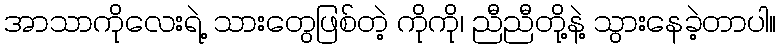
အာသာကိုလေးရဲ့ သားတွေဖြစ်တဲ့ ကိုကို၊ ညီညီတို့နဲ့ သွားနေခဲ့တာပါ။